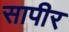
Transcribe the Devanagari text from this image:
सापीर